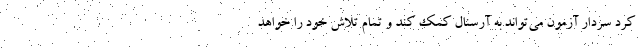
کرد سردار آزمون می‌تواند به آرسنال کمک کند و تمام تلاش خود را خواهد